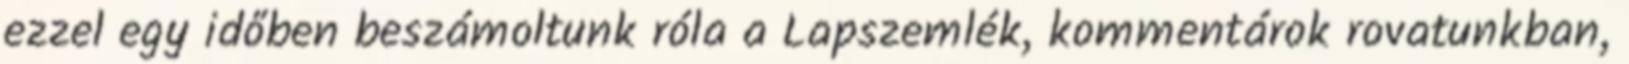
ezzel egy időben beszámoltunk róla a Lapszemlék, kommentárok rovatunkban,